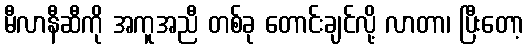
မီလာနီဆီကို အကူအညီ တစ်ခု တောင်းချင်လို့ လာတာ၊ ပြီးတော့